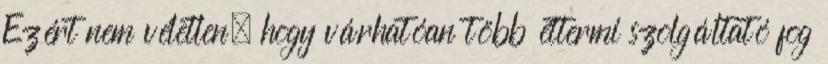
Ezért nem véletlen, hogy várhatóan több éttermi szolgáltató fog